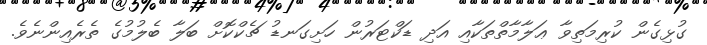
ގުޅިގެން ކުރިމަތިވާ ޢަލާމާތްތަކާއި އަދި ޑަކްޓަރުން ހަށިގަނޑު ޗެކްކޮށް ބަލާ ބެލުމުގެ ތެރެއިންނެވެ.